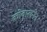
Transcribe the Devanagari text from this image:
कोवालनेन